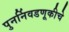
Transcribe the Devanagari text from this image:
पुनर्निवडणूकीचे